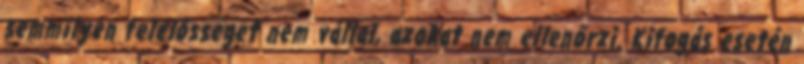
semmilyen felelősséget nem vállal, azokat nem ellenőrzi. Kifogás esetén